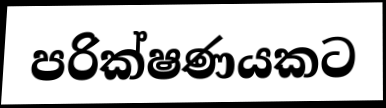
පරික්ෂණයකට